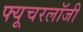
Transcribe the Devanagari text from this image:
फ्यूचरलॉजी